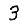
Digit: 3